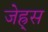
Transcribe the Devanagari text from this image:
जेह्र्स